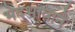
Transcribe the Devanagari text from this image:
भेदभावाने